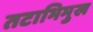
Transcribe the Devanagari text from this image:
तटाभिमुख